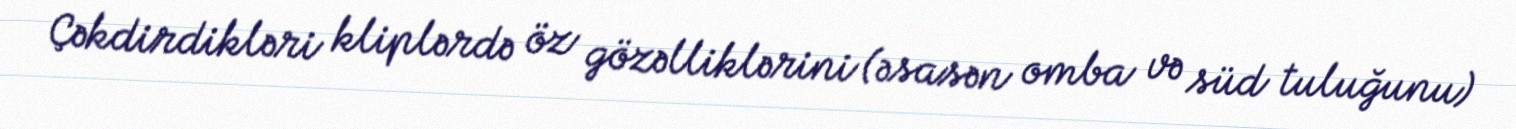
Çəkdirdikləri kliplərdə öz gözəlliklərini (əsasən omba və süd tuluğunu)